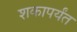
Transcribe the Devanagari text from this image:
शकापर्यंत